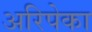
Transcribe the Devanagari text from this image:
अरिपेका